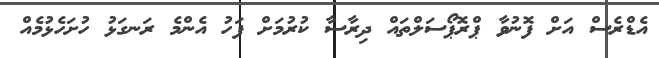
އެޑްރެސް އަށް ފޮނުވާ ޕްރޮޕޯސަލްތައް ދިރާސާ ކުރުމަށް ފަހު އެންމެ ރަނގަޅު ހުށަހެޅުމެއް